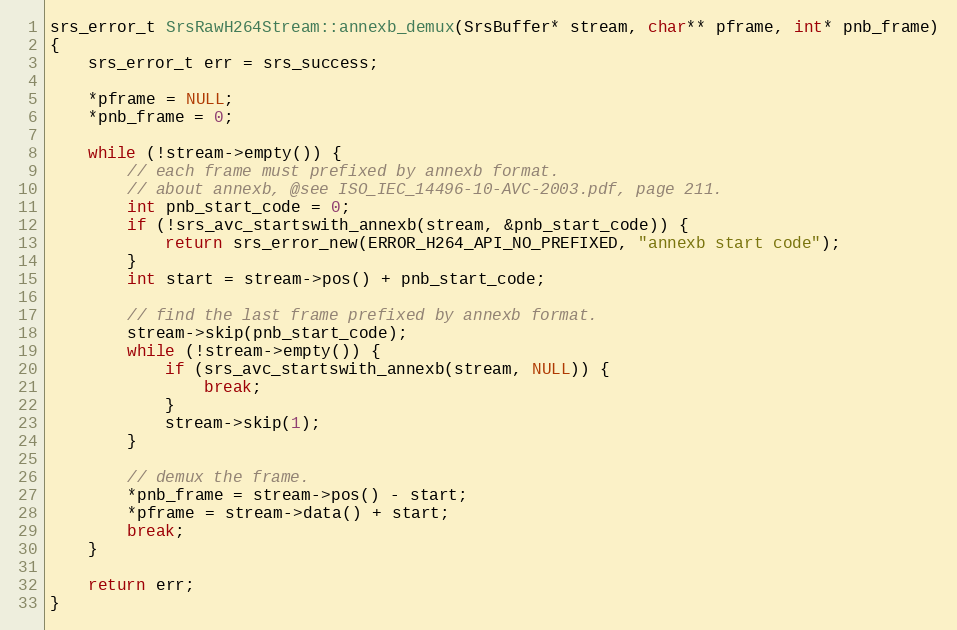
Language: C++
srs_error_t SrsRawH264Stream::annexb_demux(SrsBuffer* stream, char** pframe, int* pnb_frame)
{
    srs_error_t err = srs_success;

    *pframe = NULL;
    *pnb_frame = 0;

    while (!stream->empty()) {
        // each frame must prefixed by annexb format.
        // about annexb, @see ISO_IEC_14496-10-AVC-2003.pdf, page 211.
        int pnb_start_code = 0;
        if (!srs_avc_startswith_annexb(stream, &pnb_start_code)) {
            return srs_error_new(ERROR_H264_API_NO_PREFIXED, "annexb start code");
        }
        int start = stream->pos() + pnb_start_code;

        // find the last frame prefixed by annexb format.
        stream->skip(pnb_start_code);
        while (!stream->empty()) {
            if (srs_avc_startswith_annexb(stream, NULL)) {
                break;
            }
            stream->skip(1);
        }

        // demux the frame.
        *pnb_frame = stream->pos() - start;
        *pframe = stream->data() + start;
        break;
    }

    return err;
}